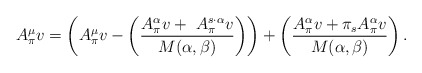
\begin{align*}A_\pi^\mu v=\left(A_\pi^\mu v- \left( \dfrac{A_\pi^\alpha v +\ A_\pi^{s\cdot \alpha} v}{M(\alpha,\beta)} \right)\right) + \left( \dfrac{A_\pi^\alpha v +\pi_s A_\pi^\alpha v}{M(\alpha,\beta)} \right).\end{align*}